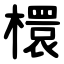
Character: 檈